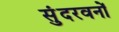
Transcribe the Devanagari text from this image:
सुंदरवनों